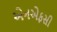
એનએફસી